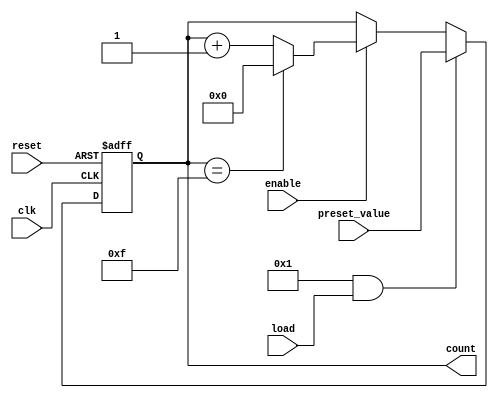
module parameterized_counter #(
    parameter WIDTH = 4,               // Bit-width of the counter
    parameter COUNT_DIR = 1,           // 1 for up counting, 0 for down counting
    parameter LOAD_ENABLE = 1           // 1 to enable loading a preset value
)(
    input wire clk,                     // Clock signal
    input wire reset,                   // Active-high reset signal
    input wire load,                    // Active-high load signal
    input wire [WIDTH-1:0] preset_value,// Value to load into the counter
    input wire enable,                  // Enable counting operation
    output reg [WIDTH-1:0] count        // Current value of the counter
);

    localparam MAX_COUNT = (1 << WIDTH) - 1; // Maximum count value based on WIDTH

    always @(posedge clk or posedge reset) begin
        if (reset) begin
            count <= 0; // Reset counter to zero
        end else if (LOAD_ENABLE && load) begin
            count <= preset_value; // Load preset value
        end else if (enable) begin
            if (COUNT_DIR) begin
                // Up counting
                if (count == MAX_COUNT) begin
                    count <= 0; // Wrap around to zero
                end else begin
                    count <= count + 1; // Increment counter
                end
            end else begin
                // Down counting
                if (count == 0) begin
                    count <= MAX_COUNT; // Wrap around to MAX_COUNT
                end else begin
                    count <= count - 1; // Decrement counter
                end
            end
        end
        // If enable is low, hold the current count value
    end

endmodule